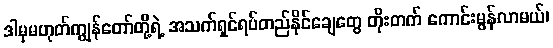
ဒါမှမဟုတ်ကျွန်တော်တို့ရဲ့ အသက်ရှင်ရပ်တည်နိုင်ချေတွေ တိုးတက် ကောင်းမွန်လာမယ်၊